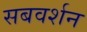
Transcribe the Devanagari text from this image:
सबवर्शन